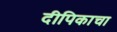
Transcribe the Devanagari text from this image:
दीपिकाचा